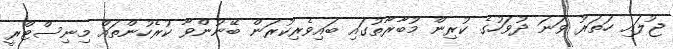
ޖުލައި ހަތަރު ވަނަ ދުވަހުގެ ކުރިން މުބާރާތުގައި ބައިވެރިކުރަން ބޭނުންވާ ކުރެހުންތައް މިނިސްޓްރީ